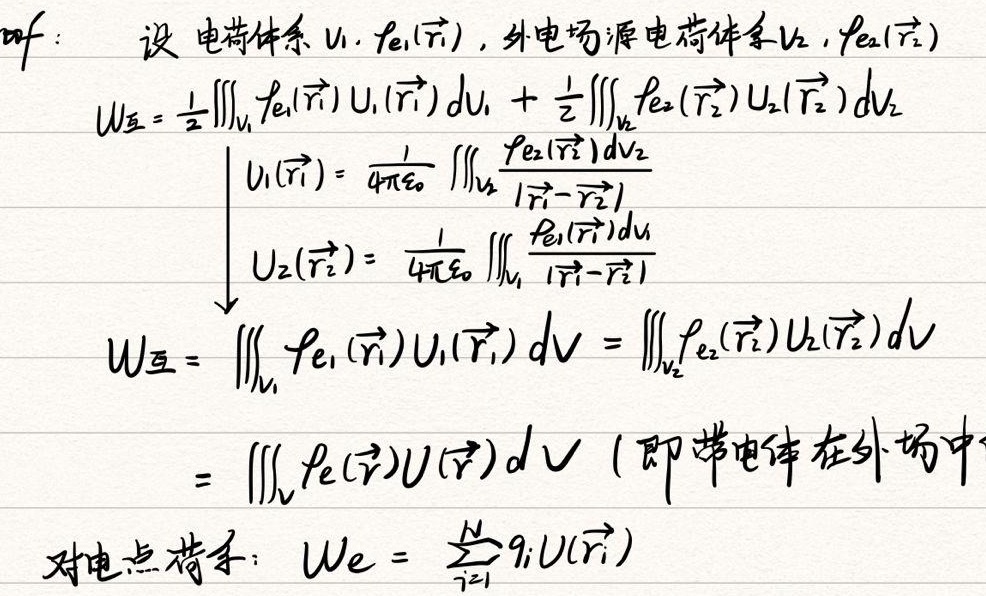
设电荷体系 \(V_1\)，\(\rho_{e1}(\vec{r_1})\)，外电场源电荷体系 \(V_2\)，\(\rho_{e2}(\vec{r_2})\)。
\[
\begin{align*}
W_{互}&=\frac{1}{2}\iiint_{V_1}\rho_{e1}(\vec{r_1})U_1(\vec{r_1})dV_1 + \frac{1}{2}\iiint_{V_2}\rho_{e2}(\vec{r_2})U_2(\vec{r_2})dV_2\\
&\begin{cases}
U_1(\vec{r_1}) = \frac{1}{4\pi\varepsilon_0}\iiint_{V_2}\frac{\rho_{e2}(\vec{r_2})dV_2}{|\vec{r_1}-\vec{r_2}|}\\
U_2(\vec{r_2}) = \frac{1}{4\pi\varepsilon_0}\iiint_{V_1}\frac{\rho_{e1}(\vec{r_1})dV_1}{|\vec{r_1}-\vec{r_2}|}
\end{cases}\\
W_{互}&=\iiint_{V_1}\rho_{e1}(\vec{r_1})U_1(\vec{r_1})dV_1=\iiint_{V_2}\rho_{e2}(\vec{r_2})U_2(\vec{r_2})dV_2\\
&=\iiint_{V}\rho_{e}(\vec{r})U(\vec{r})dV \text{ (即带电体在外场中)}
\end{align*}
\]
对电点荷系：\(W_e = \sum_{i = 1}^{N}q_iU(\vec{r_i})\)